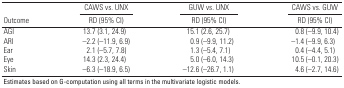
<table><thead><tr><td colspan="2"><b>CAWS vs. UNX</b></td><td colspan="2"><b>GUW vs. UNX</b></td><td colspan="2"><b>CAWS vs. GUW</b></td></tr><tr><td><b>Outcome</b></td><td colspan="2"><b>RD (95% CI)</b></td><td colspan="2"><b>RD (95% CI)</b></td><td colspan="2"><b>RD (95% CI)</b></td></tr></thead><tbody><tr><td>AGI</td><td></td><td>13.7</td><td>(3.1, 24.9)</td><td></td><td>15.1</td><td>(2.6, 25.7)</td><td></td><td>0.8</td><td>(–9.9, 10.4)</td></tr><tr><td>ARI</td><td></td><td>–2.2</td><td>(–11.9, 6.9)</td><td></td><td>0.9</td><td>(–9.9, 11.2)</td><td></td><td>–1.4</td><td>(–9.9, 6.3)</td></tr><tr><td>Ear</td><td></td><td>2.1</td><td>(–5.7, 7.8)</td><td></td><td>1.3</td><td>(–5.4, 7.1)</td><td></td><td>0.4</td><td>(–4.4, 5.1)</td></tr><tr><td>Eye</td><td></td><td>14.3</td><td>(2.3, 24.4)</td><td></td><td>5.0</td><td>(–6.0, 14.3)</td><td></td><td>10.5</td><td>(–0.1, 20.3)</td></tr><tr><td>Skin</td><td></td><td>–6.3</td><td>(–18.9, 6.5)</td><td></td><td>–12.6</td><td>(–26.7, 1.1)</td><td></td><td>4.6</td><td>(–2.7, 14.6)</td></tr><tr><td colspan="10">Estimates based on G-computation using all terms in themultivariate logistic models.</td></tr></tbody></table>